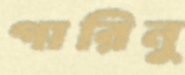
গারিনু